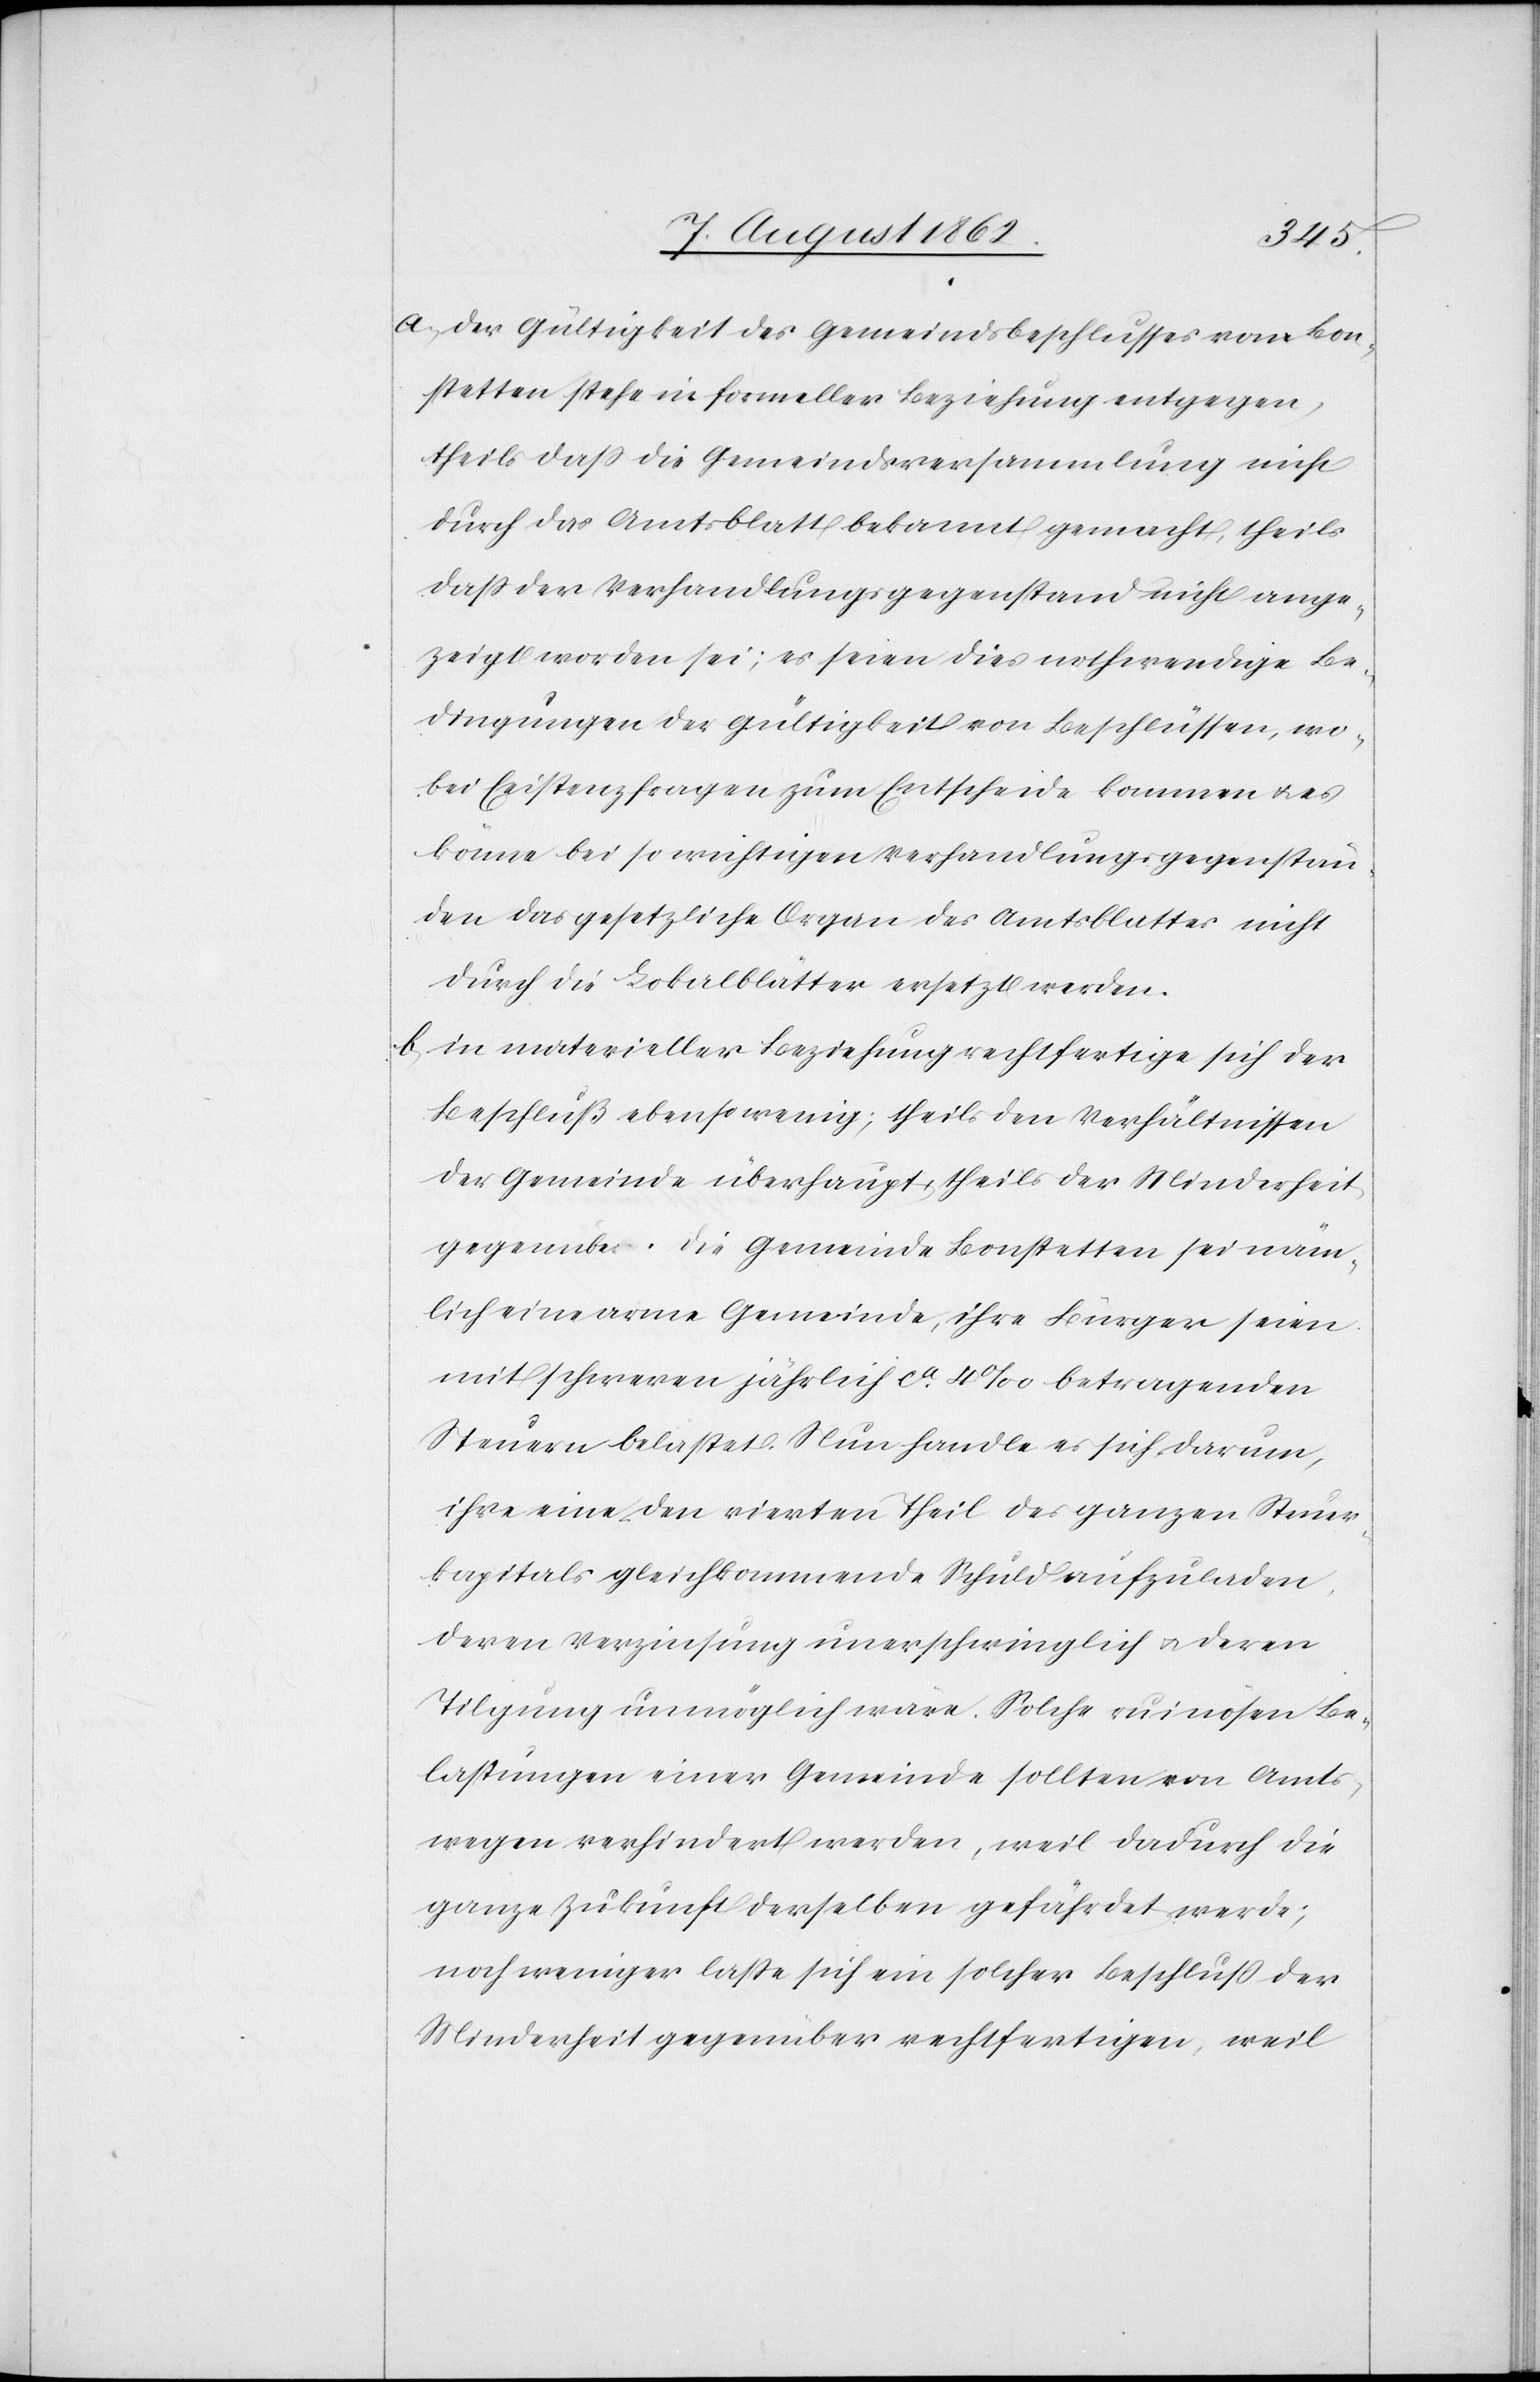
a. Der Gültigkeit des Gemeindsbeschlusses von Bon¬
stetten stehe in formeller Beziehung entgegen,
theils daß die Gemeindsversammlung nicht
durch das Amtsblatt bekannt gemacht, theils
daß der Verhandlungsgegenstand nicht ange¬
zeigt worden sei; es seien dies nothwendige Be¬
dingungen der Gültigkeit von Beschlüssen, wo¬
bei Existenzfragen zum Entscheide kommen u. es
könne bei so wichtigen Verhandlungsgegenstän¬
den das gesetzliche Organ des Amtsblattes nicht
durch die Lokalblätter ersetzt werden.
b. in materieller Beziehung rechtfertige sich der
Beschluß ebensowenig; theils den Verhältnissen
der Gemeinde überhaupt, theils der Minderheit
gegenüber. Die Gemeinde Bonstetten sei näm¬
lich eine arme Gemeinde, ihre Bürger seien
mit schweren jährlich ca 4‰ betragenden
Steuern belastet. Nun handle es sich darum,
ihre eine den vierten Theil des ganzen Steuer¬
kapitals gleichkommende Schuld aufzuladen,
deren Verzinsung unerschwinglich u. deren
Tilgung unmöglich wäre. Solche ruinösen Be¬
lastungen einer Gemeinde sollten von Amts¬
wegen verhindert werden, weil dadurch die
ganze Zukunft derselben gefährdet werde;
noch weniger lasse sich ein solcher Beschluß der
Minderheit gegenüber rechtfertigen, weil